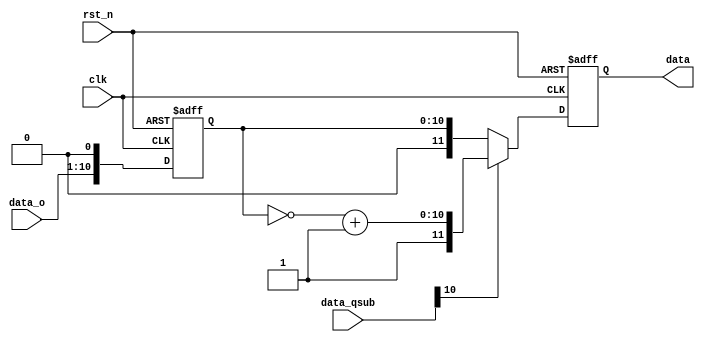
module trans(
    input               clk,
    input               rst_n,
    input       [9:0]   data_o,
    input       [10:0]  data_qsub,
    output      [11:0]  data
);

reg [10:0]  data_mult;
reg [11:0]  data_q;
assign data = data_q;

always @(posedge clk or negedge rst_n) begin
    if(!rst_n) begin
        data_mult <= 11'd0;
        data_q <= 12'd0;
    end
    else begin
        data_mult <= {data_o[9:0], 1'b0};
        data_q <= (data_qsub[10]==1'b0) ? {1'b0, data_mult} : {1'b1, ~data_mult+1'b1};
    end
end

endmodule